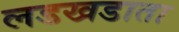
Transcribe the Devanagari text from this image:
लडखडाता